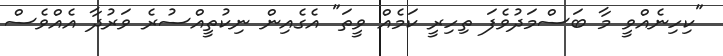
"ކިހިނެއްވީ މާ ބަސްމަދުވެފަ ތިހިރީ ކަމެއް ވީތަ" އެގެއިން ނިކުތީއްސުރެ ވަރުދާ އެއްވެސް